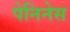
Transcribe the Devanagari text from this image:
पेनिनेस